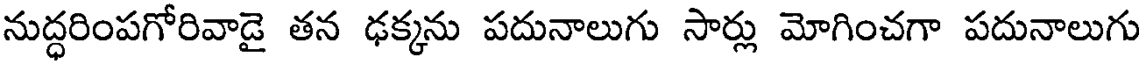
నుద్ధరింపగోరివాడై తన ఢక్కను పదునాలుగు సార్లు మోగించగా పదునాలుగు